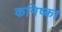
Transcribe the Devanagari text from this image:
कनिष्का